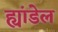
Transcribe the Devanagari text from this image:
ह्यांडेल